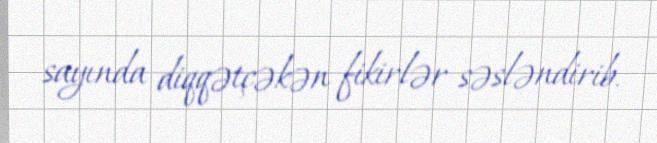
sayında diqqətçəkən fikirlər səsləndirib.